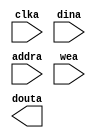
module hardware_beta_ram(
	clka,
	dina,
	addra,
	wea,
	douta);


input clka;
input [31 : 0] dina;
input [13 : 0] addra;
input [0 : 0] wea;
output [31 : 0] douta;

// synthesis translate_off

      BLK_MEM_GEN_V2_8 #(
		.C_ADDRA_WIDTH(14),
		.C_ADDRB_WIDTH(14),
		.C_ALGORITHM(1),
		.C_BYTE_SIZE(9),
		.C_COMMON_CLK(0),
		.C_DEFAULT_DATA("0"),
		.C_DISABLE_WARN_BHV_COLL(0),
		.C_DISABLE_WARN_BHV_RANGE(0),
		.C_FAMILY("virtex5"),
		.C_HAS_ENA(0),
		.C_HAS_ENB(0),
		.C_HAS_MEM_OUTPUT_REGS_A(0),
		.C_HAS_MEM_OUTPUT_REGS_B(0),
		.C_HAS_MUX_OUTPUT_REGS_A(0),
		.C_HAS_MUX_OUTPUT_REGS_B(0),
		.C_HAS_REGCEA(0),
		.C_HAS_REGCEB(0),
		.C_HAS_SSRA(0),
		.C_HAS_SSRB(0),
		.C_INIT_FILE_NAME("hardware_beta_ram.mif"),
		.C_LOAD_INIT_FILE(1),
		.C_MEM_TYPE(0),
		.C_MUX_PIPELINE_STAGES(0),
		.C_PRIM_TYPE(1),
		.C_READ_DEPTH_A(16384),
		.C_READ_DEPTH_B(16384),
		.C_READ_WIDTH_A(32),
		.C_READ_WIDTH_B(32),
		.C_SIM_COLLISION_CHECK("ALL"),
		.C_SINITA_VAL("0"),
		.C_SINITB_VAL("0"),
		.C_USE_BYTE_WEA(0),
		.C_USE_BYTE_WEB(0),
		.C_USE_DEFAULT_DATA(1),
		.C_USE_ECC(0),
		.C_USE_RAMB16BWER_RST_BHV(0),
		.C_WEA_WIDTH(1),
		.C_WEB_WIDTH(1),
		.C_WRITE_DEPTH_A(16384),
		.C_WRITE_DEPTH_B(16384),
		.C_WRITE_MODE_A("WRITE_FIRST"),
		.C_WRITE_MODE_B("WRITE_FIRST"),
		.C_WRITE_WIDTH_A(32),
		.C_WRITE_WIDTH_B(32),
		.C_XDEVICEFAMILY("virtex5"))
	inst (
		.CLKA(clka),
		.DINA(dina),
		.ADDRA(addra),
		.WEA(wea),
		.DOUTA(douta),
		.ENA(),
		.REGCEA(),
		.SSRA(),
		.CLKB(),
		.DINB(),
		.ADDRB(),
		.ENB(),
		.REGCEB(),
		.WEB(),
		.SSRB(),
		.DOUTB(),
		.DBITERR(),
		.SBITERR());


// synthesis translate_on

// XST black box declaration
// box_type "black_box"
// synthesis attribute box_type of hardware_beta_ram is "black_box"

endmodule